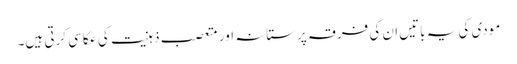
مودی کی یہ باتیں ان کی فرقہ پرستانہ اور متعصب ذہنیت کی عکاسی کرتی ہیں۔